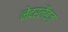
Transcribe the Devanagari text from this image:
नेदरलैंड्ज़